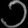
Digit: ၁